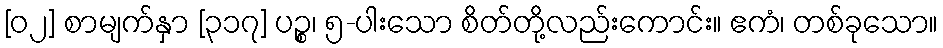
[၀၂] စာမျက်နှာ [၃၁၇] ပဉ္စ၊ ၅-ပါးသော စိတ်တို့လည်းကောင်း။ ဧကံ၊ တစ်ခုသော။